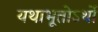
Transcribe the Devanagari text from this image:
यथाभूतोऽर्थो